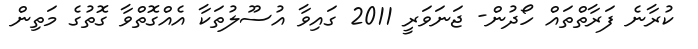
ކުރާނެ ފަރާތްތައް ހޯދުން- ޖަނަވަރީ 2011 ގައިވާ އުސޫލުތަކާ އެއްގޮތްވާ ގޮތުގެ މަތިން